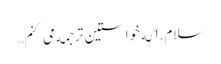
سلام.اگه خواستین ترجمه می کنم…